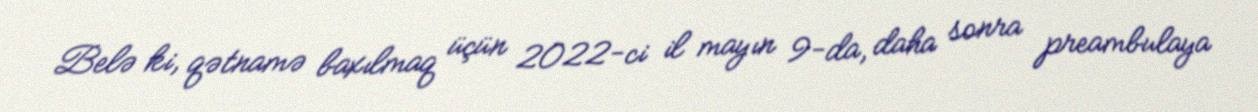
Belə ki, qətnamə baxılmaq üçün 2022-ci il mayın 9-da, daha sonra preambulaya